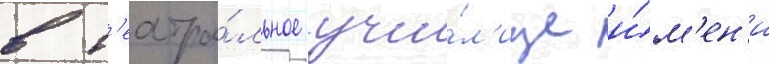
в т'еатра́льное учи́л'ище и́м'ен'и